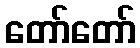
တော်တော်